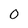
Character: 0